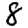
Digit: 8